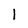
Character: I